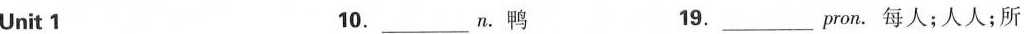
Unit1 10.___. 鸭 19.___pron. 每人；人人；所